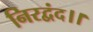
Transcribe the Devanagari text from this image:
निरद्वंद।।